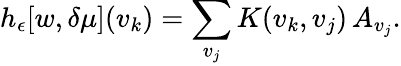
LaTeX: h_{\epsilon}[w,\delta\mu](v_{k})=\sum_{v_{j}}K(v_{k},v_{j})\, A_{v_{j}}.